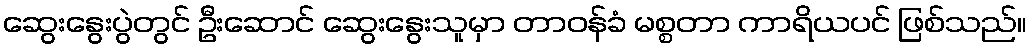
ဆွေးနွေးပွဲတွင် ဦးဆောင် ဆွေးနွေးသူမှာ တာဝန်ခံ မစ္စတာ ကာရိယပင် ဖြစ်သည်။